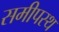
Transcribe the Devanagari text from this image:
समीपस्‍थ